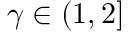
\gamma \in \left( 1 , 2 \right]